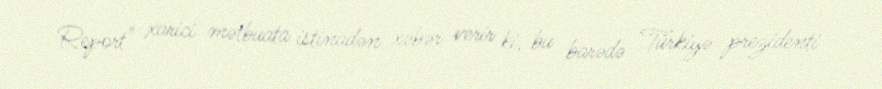
Report" xarici mətbuata istinadən xəbər verir ki, bu barədə Türkiyə prezidenti